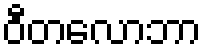
ဝီတလောဘာ